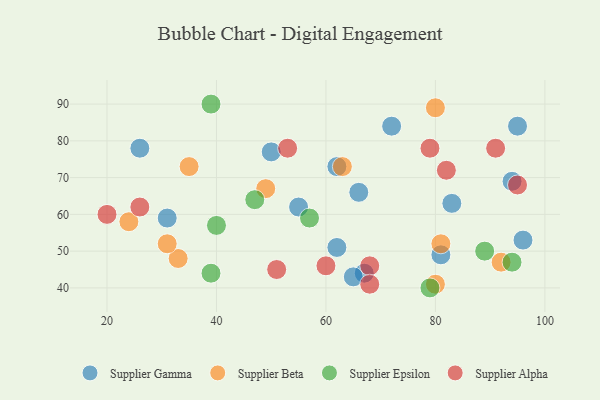
{"axis": {"x": "GDP", "y": "Life Expectancy"}, "legend": ["Supplier Alpha", "Supplier Beta", "Supplier Epsilon", "Supplier Gamma"], "data": [{"x": "96", "y": 53, "type": "Supplier Gamma"}, {"x": "95", "y": 84, "type": "Supplier Gamma"}, {"x": "67", "y": 44, "type": "Supplier Gamma"}, {"x": "50", "y": 77, "type": "Supplier Gamma"}, {"x": "62", "y": 73, "type": "Supplier Gamma"}, {"x": "65", "y": 43, "type": "Supplier Gamma"}, {"x": "81", "y": 49, "type": "Supplier Gamma"}, {"x": "83", "y": 63, "type": "Supplier Gamma"}, {"x": "62", "y": 51, "type": "Supplier Gamma"}, {"x": "55", "y": 62, "type": "Supplier Gamma"}, {"x": "31", "y": 59, "type": "Supplier Gamma"}, {"x": "66", "y": 66, "type": "Supplier Gamma"}, {"x": "72", "y": 84, "type": "Supplier Gamma"}, {"x": "26", "y": 78, "type": "Supplier Gamma"}, {"x": "94", "y": 69, "type": "Supplier Gamma"}, {"x": "33", "y": 48, "type": "Supplier Beta"}, {"x": "49", "y": 67, "type": "Supplier Beta"}, {"x": "92", "y": 47, "type": "Supplier Beta"}, {"x": "35", "y": 73, "type": "Supplier Beta"}, {"x": "80", "y": 89, "type": "Supplier Beta"}, {"x": "63", "y": 73, "type": "Supplier Beta"}, {"x": "24", "y": 58, "type": "Supplier Beta"}, {"x": "31", "y": 52, "type": "Supplier Beta"}, {"x": "80", "y": 41, "type": "Supplier Beta"}, {"x": "81", "y": 52, "type": "Supplier Beta"}, {"x": "39", "y": 90, "type": "Supplier Epsilon"}, {"x": "39", "y": 44, "type": "Supplier Epsilon"}, {"x": "47", "y": 64, "type": "Supplier Epsilon"}, {"x": "94", "y": 47, "type": "Supplier Epsilon"}, {"x": "40", "y": 57, "type": "Supplier Epsilon"}, {"x": "89", "y": 50, "type": "Supplier Epsilon"}, {"x": "79", "y": 40, "type": "Supplier Epsilon"}, {"x": "57", "y": 59, "type": "Supplier Epsilon"}, {"x": "82", "y": 72, "type": "Supplier Alpha"}, {"x": "51", "y": 45, "type": "Supplier Alpha"}, {"x": "20", "y": 60, "type": "Supplier Alpha"}, {"x": "53", "y": 78, "type": "Supplier Alpha"}, {"x": "79", "y": 78, "type": "Supplier Alpha"}, {"x": "91", "y": 78, "type": "Supplier Alpha"}, {"x": "95", "y": 68, "type": "Supplier Alpha"}, {"x": "26", "y": 62, "type": "Supplier Alpha"}, {"x": "60", "y": 46, "type": "Supplier Alpha"}, {"x": "68", "y": 46, "type": "Supplier Alpha"}, {"x": "68", "y": 41, "type": "Supplier Alpha"}]}